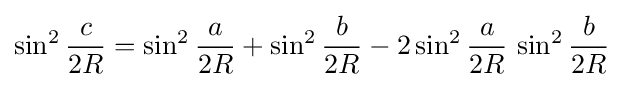
\sin ^{2}{\frac {c}{2R}}=\sin ^{2}{\frac {a}{2R}}+\sin ^{2}{\frac {b}{2R}}-2\sin ^{2}{\frac {a}{2R}}\,\sin ^{2}{\frac {b}{2R}}